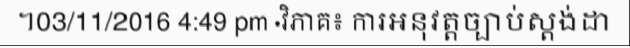
។03/11/2016 4:49 pm ·វិភាគ៖ ការអនុវត្តច្បាប់ស្តង់ដា